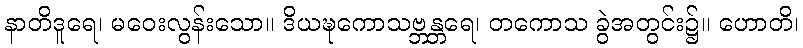
နာတိဒူရေ၊ မဝေးလွန်းသော။ ဒိယဍ္ဎကောသဗ္ဘန္တရေ၊ တကောသ ခွဲအတွင်း၌။ ဟောတိ၊